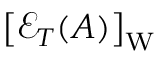
\big [ \mathcal E _ { T } ( A ) \big ] _ { \mathrm { W } }